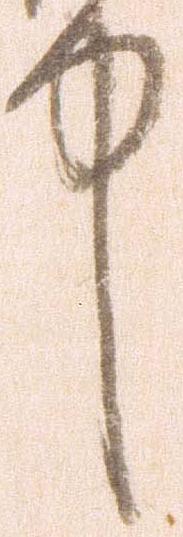
中